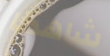
شاهدنا